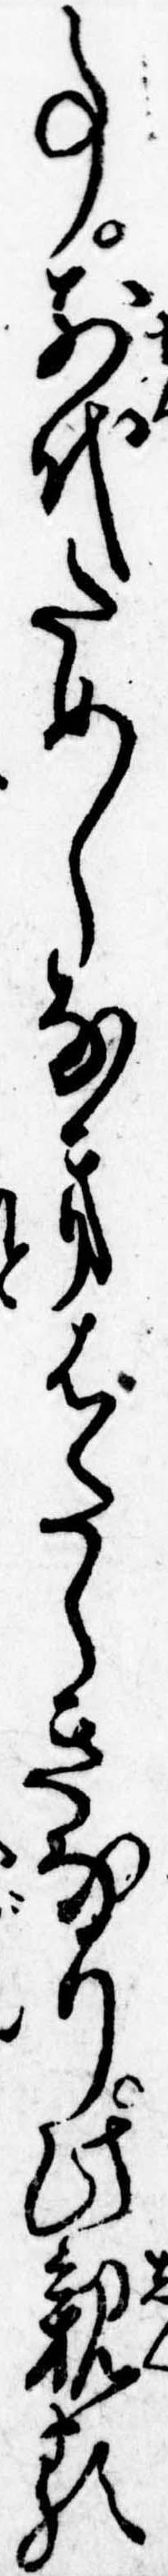
事前代ためしなきはたらきなり此親類